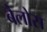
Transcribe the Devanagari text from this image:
बैलोस